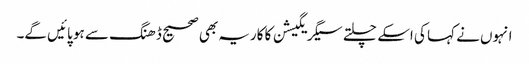
انہوں نے کہا کی اسکے چلتے سیگریگیشن کا کاریہ بھی صحیح ڈھنگ سے ہو پائیں گے۔